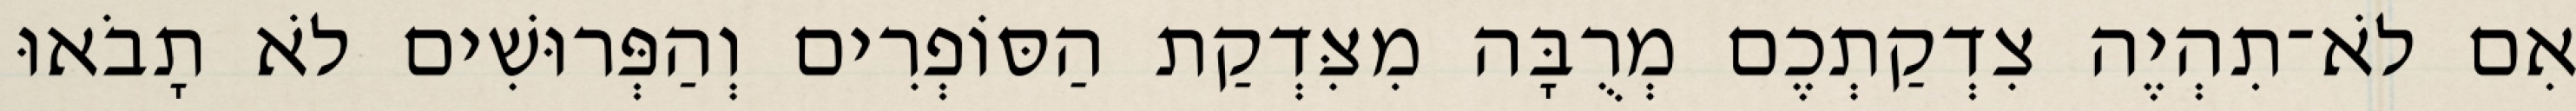
אִם לֹא־תִהְיֶה צִדְקַתְכֶם מְרֻבָּה מִצִּדְקַת הַסּוֹפְרִים וְהַפְּרוּשִׁים לֹא תָבֹאוּ